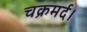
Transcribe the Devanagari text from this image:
चक्रमर्द।